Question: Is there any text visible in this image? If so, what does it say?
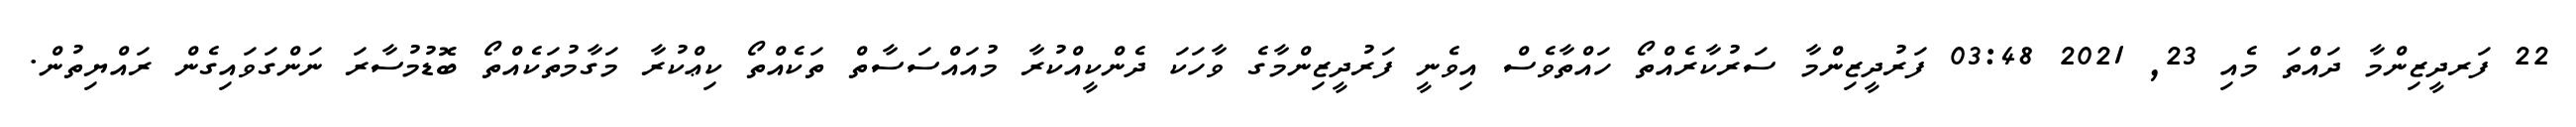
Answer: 22 ފަރދީޒިންމާ ދައްތަ މެއި 23, 2021 03:48 ފަރުދީޒިންމާ ސަރުކާރެއްތޯ ހައްތާވެސް އިވެނީ ފަރުދީޒިންމާގެ ވާހަކަ ދެންކީއްކުރާ މުއައްސަސާތް ތަކެއްތޯ ކިޢްކުރާ މަގާމުތަކެއްތޯ ބޮޑުމުސާރަ ނަންގަވައިގެން ރައްޔިތުން.